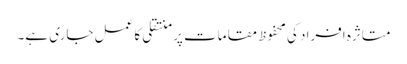
متاثرہ افراد کی محفوظ مقامات پر منتقلی کا عمل جاری ہے۔